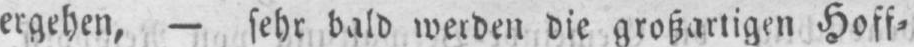
ergehen, - sehr bald werden die großartigen Hoff⸗